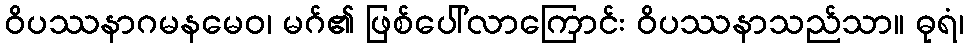
ဝိပဿနာဂမနမေဝ၊ မဂ်၏ ဖြစ်ပေါ်လာကြောင်း ဝိပဿနာသည်သာ။ ဓုရံ၊